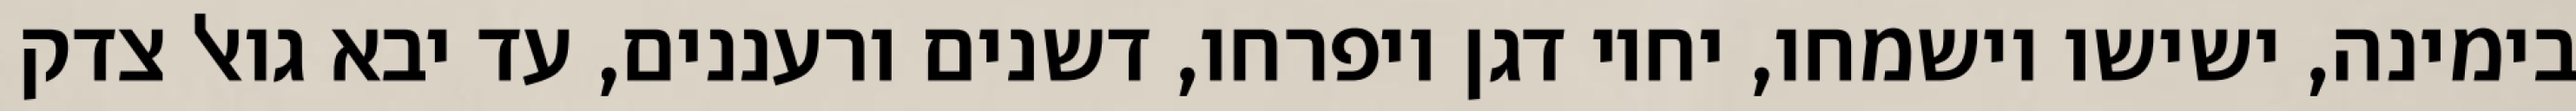
בימינה, ישישו וישמחו, יחיו דגן ויפרחו, דשנים ורעננים, עד יבא גואל צדק